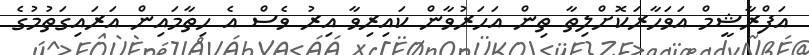
އަފްރާޝީމް އަވަހާރަކޮށްލިތާ ތިން އަހަރުވާން ކައިރިވާ އިރު ވެސް އެ ހިތާމައިން އަރައިގަތުމުގެ